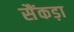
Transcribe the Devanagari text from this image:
सैंकड़ा